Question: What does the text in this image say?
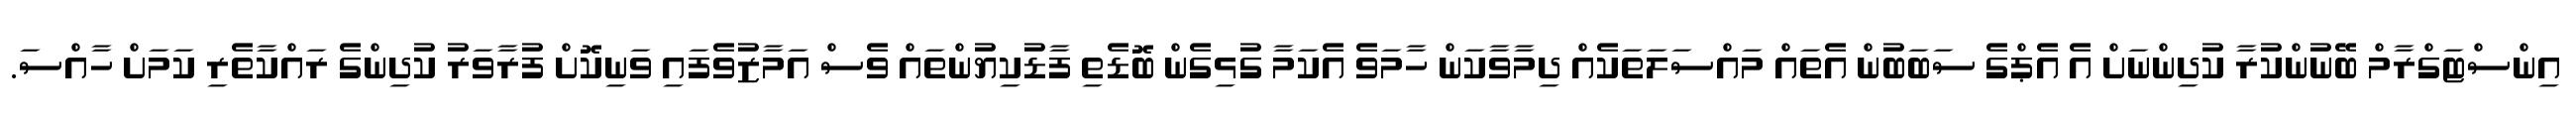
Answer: އިންސްޓަގްރާމް ބޭނުންކުރާ ކުދިންނަށް އެ އެޕްގެ ސަބަބުން އެތައް މައްސަލަތަކެއް ދިމާވާކަން ހާމަވެ އެކަމާ ގުޅިގެން ބޮޑެތި ފާޑުކިޔުންތައް ވެސް އަމާޒުވެފައި ވަނިކޮށް ފުރާވަރު ކުދިންގެ ރައްކާތެރި ކަމަށް ހާއްސަ.